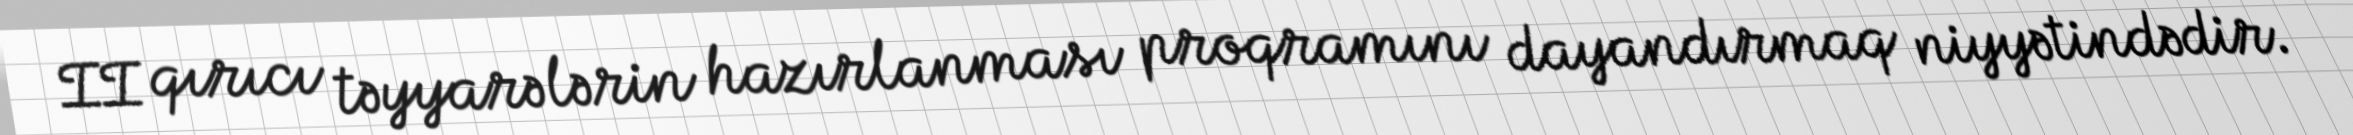
II qırıcı təyyarələrin hazırlanması proqramını dayandırmaq niyyətindədir.